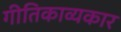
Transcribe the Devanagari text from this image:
गीतिकाव्यकार